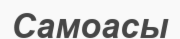
Самоасы